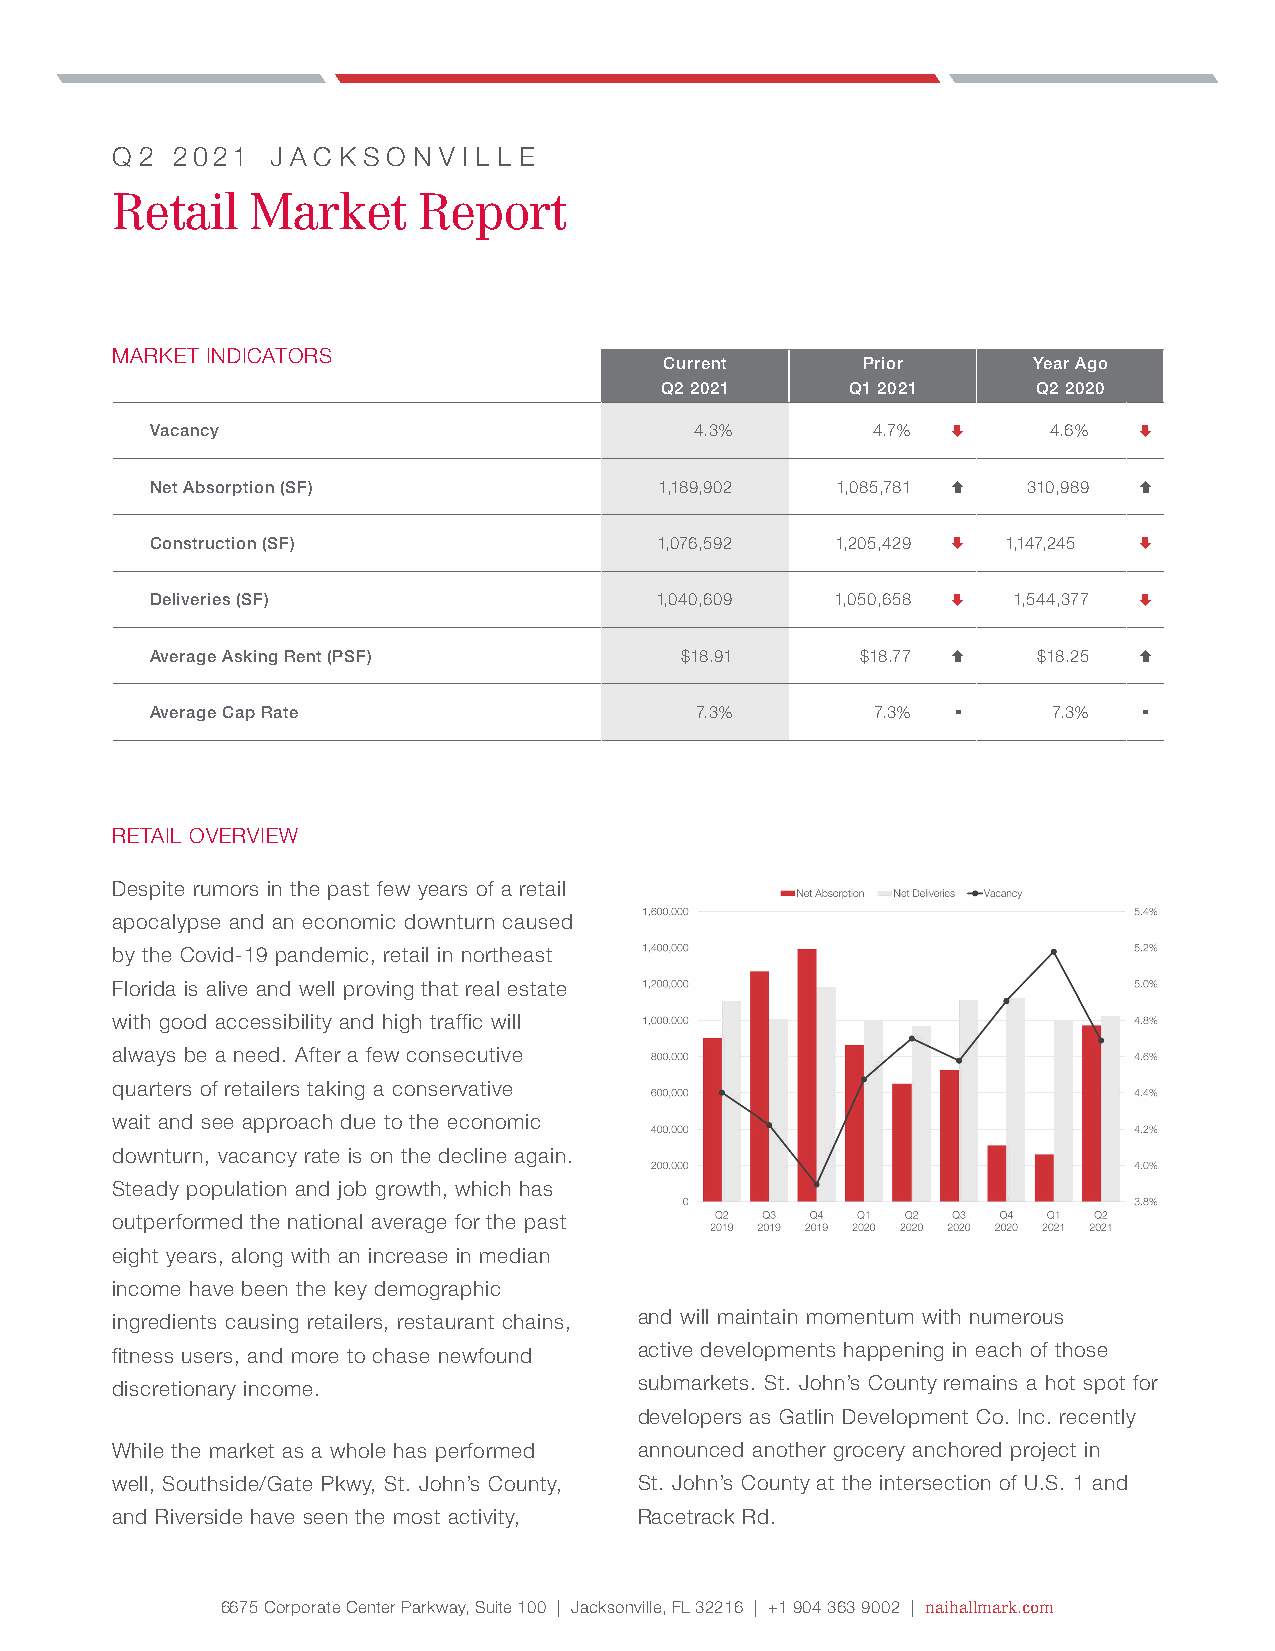
q 2 2021   j a c k s o n v i l l e
 Retail    Market     Report
 MARKET INDICATORS
 Current      Prior      Year Ago
 Q2 2021     Q1 2021      Q2 2020
 Vacancy                             4.3%        4.7%       4.6% 
 Net Absorption (SF)               1,189,902  1,085,781   310,989 
 Construction (SF)                 1,076,592  1,205,429  1,147,245 
 Deliveries (SF)                  1,040,609   1,050,658  1,544,377 
 Average Asking Rent (PSF)          $18.91      $18.77     $18.25 
 Average Cap Rate                    7.3%        7.3%       7.3%  
 RETAIL OVERVIEW
 Despite rumors in the past few years of a retail
 apocalypse and an economic downturn caused
 by the Covid-19 pandemic, retail in northeast
 Florida is alive and well proving that real estate
 with good accessibility and high traffic will
 always be a need. After a few consecutive
 quarters of retailers taking a conservative
 wait and see approach due to the economic
 downturn, vacancy rate is on the decline again.
 Steady population and job growth, which has
 outperformed the national average for the past
 eight years, along with an increase in median
 income have been the key demographic
 ingredients causing retailers, restaurant chains, and will maintain momentum with numerous
 fitness users, and more to chase newfound active developments happening in each of those
 discretionary income.              submarkets. St. John’s County remains a hot spot for
 developers as Gatlin Development Co. Inc. recently
 While the market as a whole has performed announced another grocery anchored project in
 well, Southside/Gate Pkwy, St. John’s County, St. John’s County at the intersection of U.S. 1 and
 and Riverside have seen the most activity, Racetrack Rd.
 6675 Corporate Center Parkway, Suite 100 | Jacksonville, FL 32216 | +1 904 363 9002 | naihallmark.com